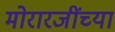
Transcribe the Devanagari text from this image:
मोरारजींच्या